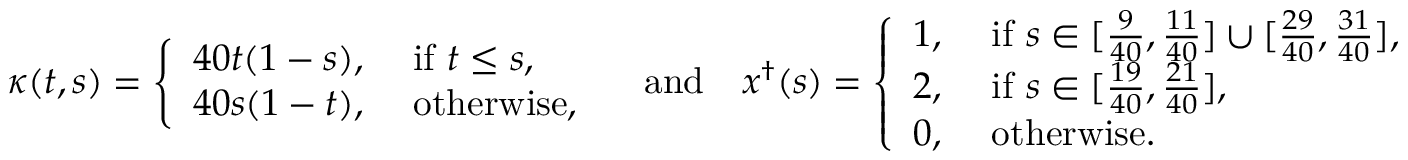
\begin{array} { r } { \kappa ( t , s ) = \left\{ \begin{array} { l l } { 4 0 t ( 1 - s ) , } & { \mathrm { ~ i f ~ } t \leq s , } \\ { 4 0 s ( 1 - t ) , } & { \mathrm { ~ o t h e r w i s e } , } \end{array} \right. \quad \mathrm { a n d } \quad x ^ { \dag } ( s ) = \left\{ \begin{array} { l l } { 1 , } & { \mathrm { ~ i f ~ } s \in [ \frac { 9 } { 4 0 } , \frac { 1 1 } { 4 0 } ] \cup [ \frac { 2 9 } { 4 0 } , \frac { 3 1 } { 4 0 } ] , } \\ { 2 , } & { \mathrm { ~ i f ~ } s \in [ \frac { 1 9 } { 4 0 } , \frac { 2 1 } { 4 0 } ] , } \\ { 0 , } & { \mathrm { ~ o t h e r w i s e } . } \end{array} \right. } \end{array}